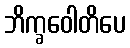
ဘိက္ခဝေါတိပေ